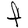
Character: F